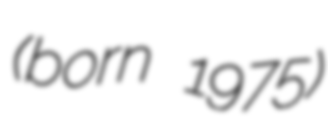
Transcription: (born 1975)